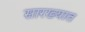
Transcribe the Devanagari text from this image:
सारख्यात